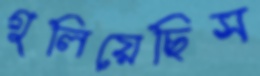
গুলিয়েছিস